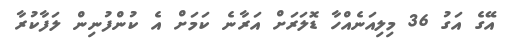
އޭގެ އަގު 36 މިލިއަނެއްހާ ޑޮލަރަށް އަރާނެ ކަމަށް އެ ކުންފުނިން ލަފާކުރާ